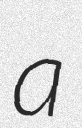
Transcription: a